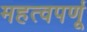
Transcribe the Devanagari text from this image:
महत्वपर्णू